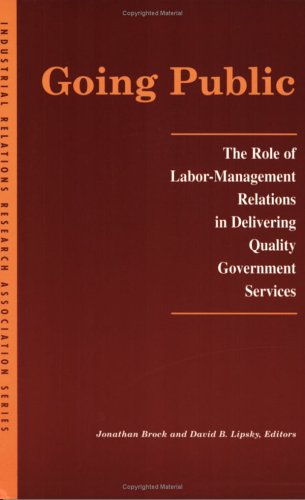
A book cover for Going Public: The Role of Labor-Management Relations in Delivering Quality Government Services (LERA Research Volumes); Business & Money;